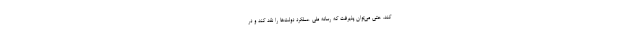
کند. حتی می‌توان پذیرفت که رسانه ملی عملکرد دولت‌ها را نقد کند و در